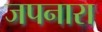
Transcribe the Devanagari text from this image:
जपनारा